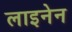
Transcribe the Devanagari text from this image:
लाइनेन